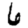
Digit: 6